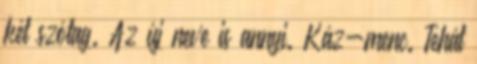
két szótag. Az új neve is annyi. Káz-menc. Tehát